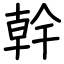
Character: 幹